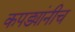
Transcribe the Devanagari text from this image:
कपड्यांनीच